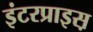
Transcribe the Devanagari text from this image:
इंटरप्राइस़